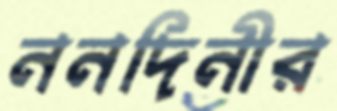
ননদিনীর